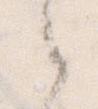
之